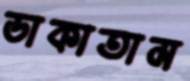
ডাকাতাম